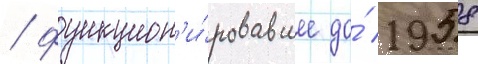
/ функцион'и́ровавшее до́ 1958